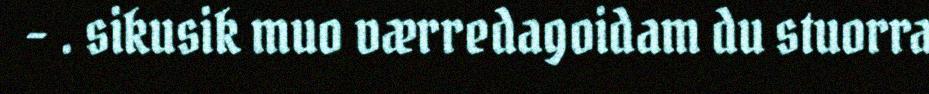
- . sikusik muo værredagoidam du stuorra